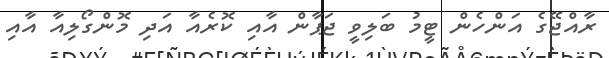
ރާއްޖޭގެ އަންހެން ޓީމު ބަލިވީ ޖަޕާން އާއި ކޮރެއާ އަދި މޮންގޯލިއާ އާއި